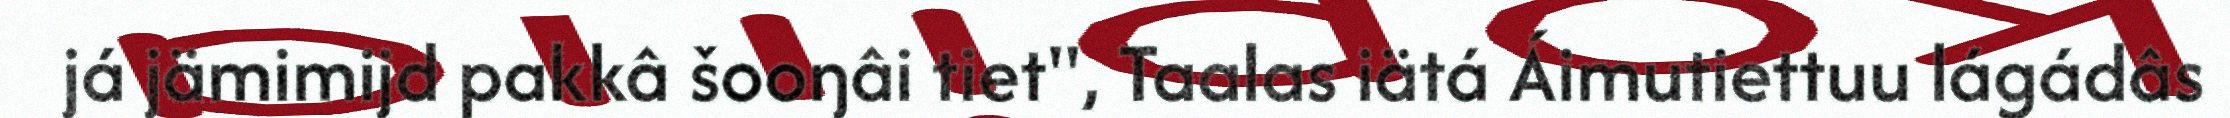
já jämimijd pakkâ šooŋâi tiet", Taalas iätá Áimutiettuu lágádâs